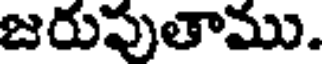
జరుపుతాము.